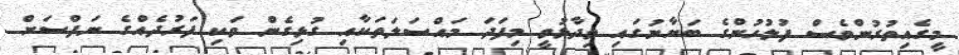
މީގެއިތުރުންވެސް ފުލުހުންގެ ބަޔާނުގައި ވިދާޅުވީ މިފަދަ މައްސަލަތަކާއި ގުޅިގެން ވަކި ފަރުދެއްގެ ނަފްސަށް